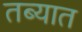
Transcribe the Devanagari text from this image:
तब्यात